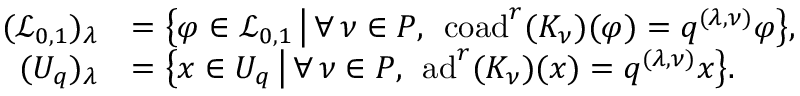
\begin{array} { r l } { ( \mathcal { L } _ { 0 , 1 } ) _ { \lambda } } & { = \bigl \{ \varphi \in \mathcal { L } _ { 0 , 1 } \, \big | \, \forall \, \nu \in P , \: \: \mathrm { c o a d } ^ { r } ( K _ { \nu } ) ( \varphi ) = q ^ { ( \lambda , \nu ) } \varphi \bigr \} , } \\ { ( U _ { q } ) _ { \lambda } } & { = \bigl \{ x \in U _ { q } \, \big | \, \forall \, \nu \in P , \: \: \mathrm { a d } ^ { r } ( K _ { \nu } ) ( x ) = q ^ { ( \lambda , \nu ) } x \bigr \} . } \end{array}